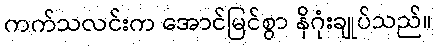
ကက်သလင်းက အောင်မြင်စွာ နိဂုံးချုပ်သည်။